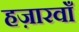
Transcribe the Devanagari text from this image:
हज़ारवाँ